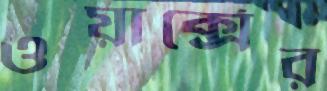
ওয়ার্ক্সের